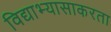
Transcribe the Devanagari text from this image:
विद्याभ्यासाकरता